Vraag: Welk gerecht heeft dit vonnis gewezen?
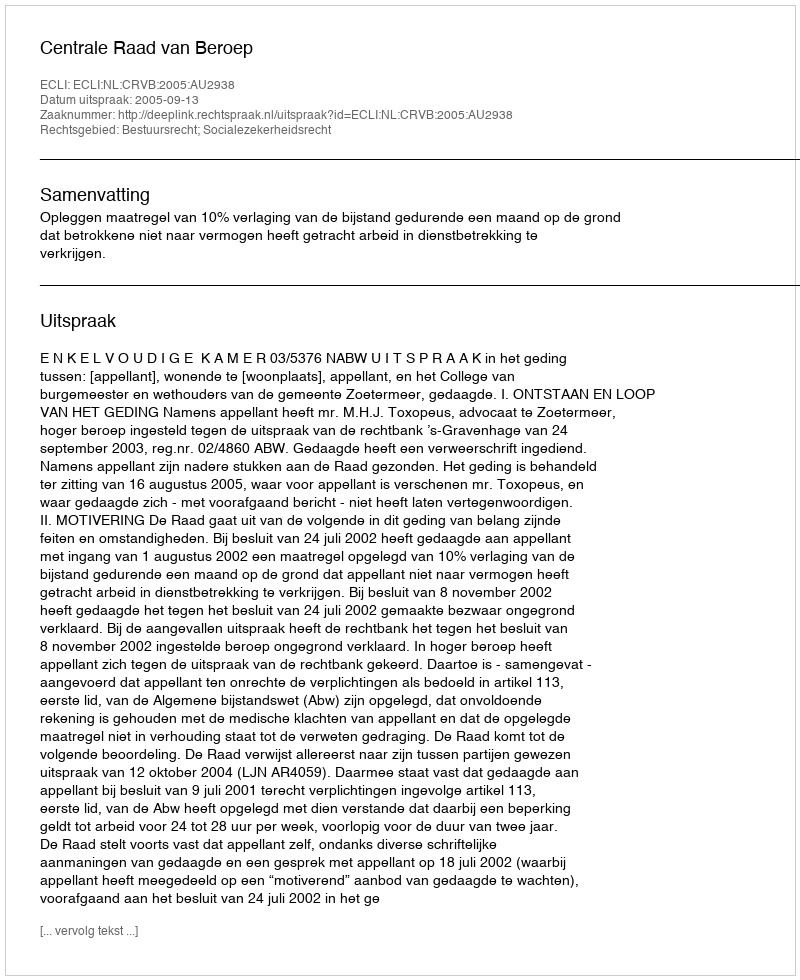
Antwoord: Centrale Raad van Beroep